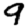
Digit: 9